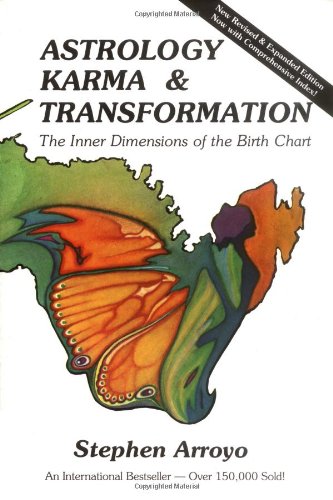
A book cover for Astrology, Karma & Transformation: The Inner Dimensions of the Birth Chart; Stephen Arroyo; Religion & Spirituality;